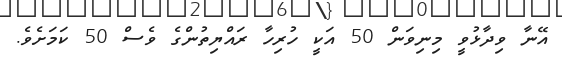
އޭނާ ވިދާޅުވީ މިނިވަން 50 އަކީ ހުރިހާ ރައްޔިތުންގެ ވެސް 50 ކަމަށެވެ.